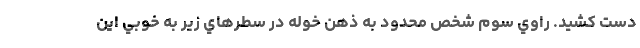
دست كشيد. راوي سوم شخص محدود به ذهن خوله در سطرهاي زير به ‌خوبي اين